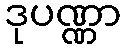
ဒုပဏ္ဏာ